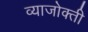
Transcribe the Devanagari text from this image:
व्याजोक्ती